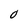
Character: 0